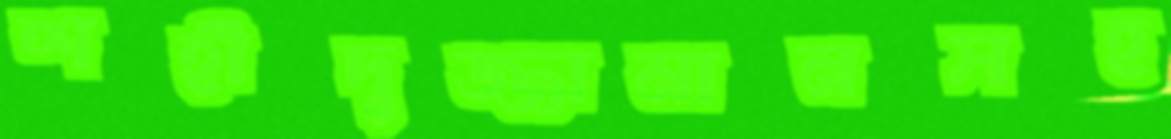
শহীদুজ্জামানসহ